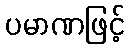
ပမာဏဖြင့်